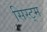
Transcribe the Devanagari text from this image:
सिस्ट्म